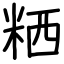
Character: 粞